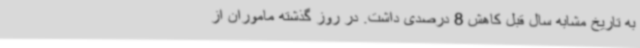
به تاریخ مشابه سال قبل کاهش 8 درصدی داشت. در روز گذشته ماموران از